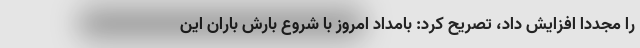
را مجددا افزایش داد، تصریح کرد: بامداد امروز با شروع بارش باران این